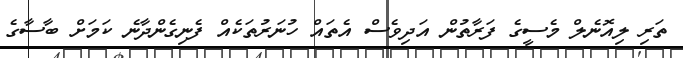
ތަރި ލިއޮނެލް މެސީގެ ފަރާތުން އަދިވެސް އެތައް ހުނަރުތަކެއް ފެނިގެންދާނެ ކަމަށް ބާސާގެ